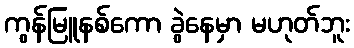
ကွန်မြူနစ်ကော ခွဲနေမှာ မဟုတ်ဘူး